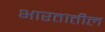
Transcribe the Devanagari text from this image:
भारतात्तील